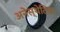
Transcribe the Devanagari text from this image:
अनेस्थेटिक